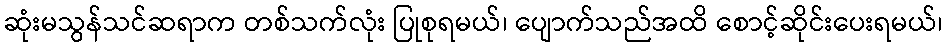
ဆုံးမသွန်သင်ဆရာက တစ်သက်လုံး ပြုစုရမယ်၊ ပျောက်သည်အထိ စောင့်ဆိုင်းပေးရမယ်၊